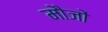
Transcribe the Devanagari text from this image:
मौजों